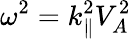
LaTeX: \omega^{2}=k_{\parallel}^{2}V_{A}^{2}